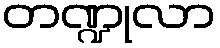
တဏ္ဍုလာ